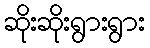
ဆိုးဆိုးရွားရွား